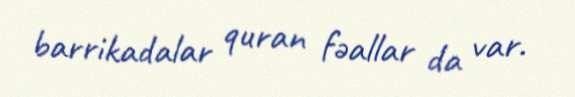
barrikadalar quran fəallar da var.